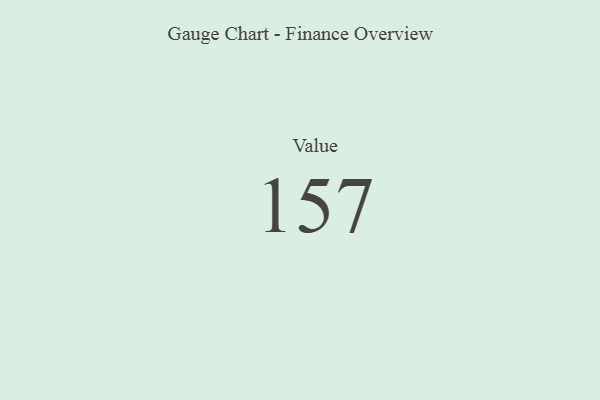
{"axis": {"x": "Metric", "y": "Value"}, "legend": [""], "data": [{"x": "Value", "y": 157, "type": ""}]}